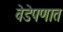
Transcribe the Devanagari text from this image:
वेडेपणात